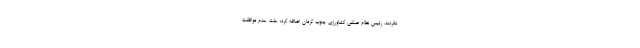
نکردند. رئیس نظام صنفی کشاورزی جنوب کرمان اضافه کرد: علت عدم موافقت